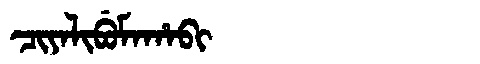
Manchu: ᠴᡳᠶᠠᠯᡳᠪᡠᠮᠠᡥᠠᠪᡳ
Romanization: CIYALIBUMAHABI